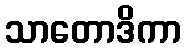
သာတောဒိကာ